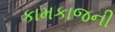
કામકાજની